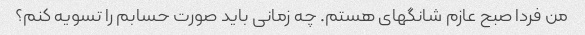
من فردا صبح عازم شانگهای هستم. چه زمانی باید صورت حسابم را تسویه کنم؟